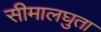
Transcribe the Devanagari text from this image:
सीमालघुता